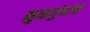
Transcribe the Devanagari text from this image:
मुळगुंदांचे